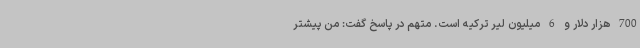
700 هزار دلار و 6 میلیون لیر ترکیه است. متهم در پاسخ گفت: من پیشتر